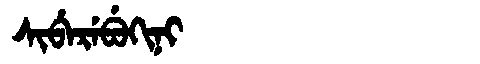
Manchu: ᠰᡳᠪᡝᡵᡝᠪᡠᡴᡳᠨᡳ
Romanization: SIBEREBUKINI